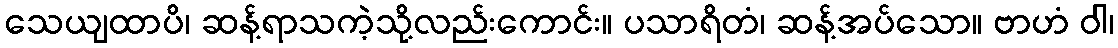
သေယျထာပိ၊ ဆန့်ရာသကဲ့သို့လည်းကောင်း။ ပသာရိတံ၊ ဆန့်အပ်သော။ ဗာဟံ ဝါ၊